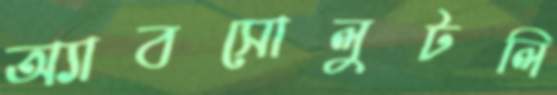
অ্যাবসোলুটলি